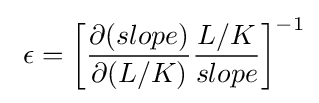
\ \epsilon =\left[{\frac {\partial (slope)}{\partial (L/K)}}{\frac {L/K}{slope}}\right]^{-1}